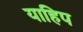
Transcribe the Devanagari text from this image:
याहिप